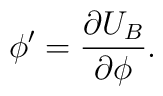
\phi'=\frac{\partial U_B}{\partial \phi}.